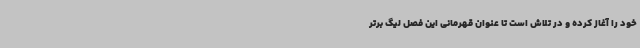
خود را آغاز کرده و در تلاش است تا عنوان قهرمانی این فصل لیگ برتر